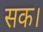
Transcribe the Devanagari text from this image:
सक।